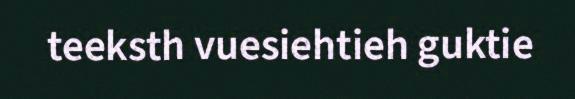
teeksth vuesiehtieh guktie